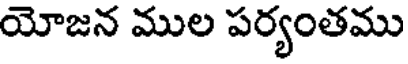
యోజన ముల పర్యంతము